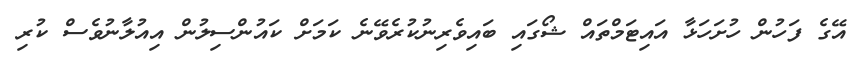
އޭގެ ފަހުން ހުށަހަޅާ އައިޓަމްތައް ޝޯގައި ބައިވެރިނުކުރެވޭނެ ކަމަށް ކައުންސިލުން އިއުލާނުވެސް ކުރި